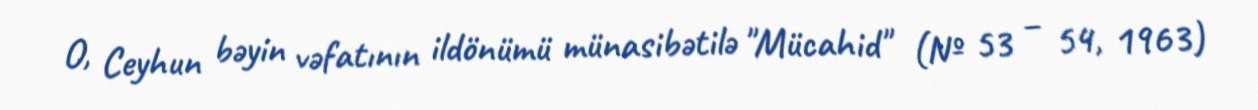
O, Ceyhun bəyin vəfatının ildönümü münasibətilə "Mücahid" (№ 53 – 54, 1963)